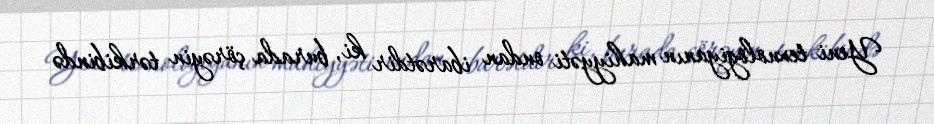
Yeni texnologiyanın mahiyyəti ondan ibarətdir ki, burada çörəyin tərkibində